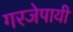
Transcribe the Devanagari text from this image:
गरजेपायी